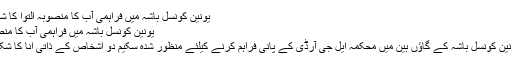
یونین کونسل باشہ میں فراہمی آب کا منصوبہ التوا کا شکار – پامیر ٹائمز
یونین کونسل باشہ میں فراہمی آب کا منصوبہ التوا کا شکار
شگر(نامہ نگار)یونین کونسل باشہ کے گاؤں بین میں محکمہ ایل جی آرڈی کے پانی فراہم کرنے کیلئے منظور شدہ سکیم دو اشخاص کے ذاتی انا کا شکار ہونے کا خدشہ۔